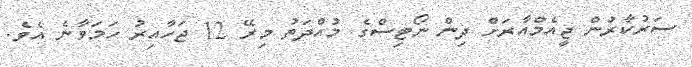
ސަރުކާރުން ޖީއެމްއާރަށް ދިން ނޯޓިސްގެ މުއްދަތު މިރޭ 12 ޖަހާއިރު ހަމަވާނެ އެވެ.